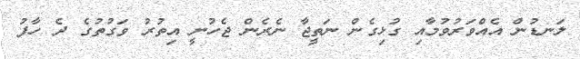
ލަނޑުން އެއްވަރުވުމާއި ގުޅިގެން ނަތީޖާ ނެރެން ޖެހުނީ އިތުރު ވަގުތުގެ ދެ ހާފު